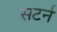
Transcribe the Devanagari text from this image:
सटर्न